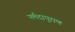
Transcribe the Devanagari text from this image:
नर्मदापुराण